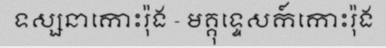
ទស្សនាកោះរ៉ុង - មគ្គុទ្ទេសក៍កោះរ៉ុង